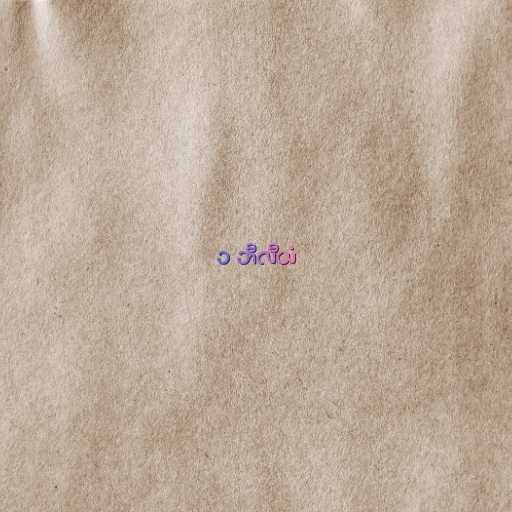
၁ ဘီလီယံ